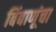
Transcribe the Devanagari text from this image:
बिंबाणूंचा